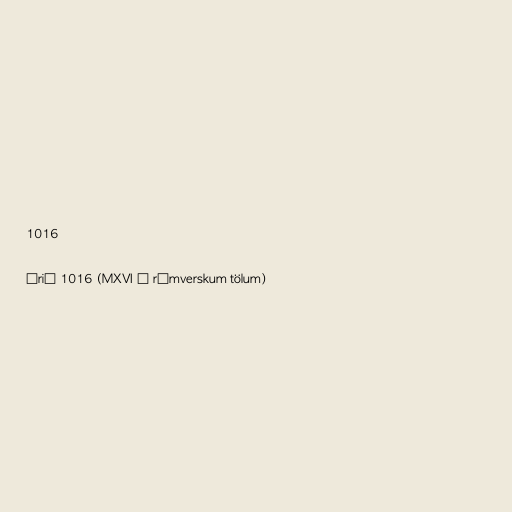
1016

Árið 1016 (MXVI í rómverskum tölum)